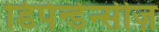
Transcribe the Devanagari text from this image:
डिपेन्डेन्सीज़